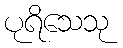
ပုရိသေသု